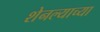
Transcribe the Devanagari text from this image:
शेनल्याच्या